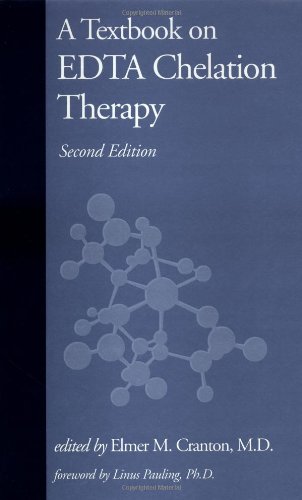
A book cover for A Textbook on EDTA Chelation Therapy: Second Edition; Elmer M. Cranton; Health, Fitness & Dieting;